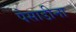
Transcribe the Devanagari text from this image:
पैसाडीना